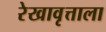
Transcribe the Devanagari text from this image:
रेखावृत्ताला